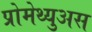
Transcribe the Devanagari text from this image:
प्रोमेथ्युअस